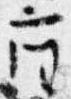
座